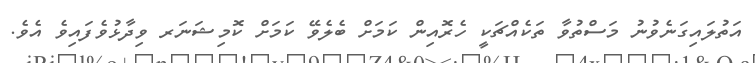
އަތުލައިގަނެވުނު މަސްތުވާ ތަކެއްޗަކީ ހެރޮއިން ކަމަށް ބެލެވޭ ކަމަށް ކޮމިޝަނަރ ވިދާޅުވެފައިވެ އެވެ.